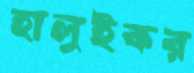
হালুইকর